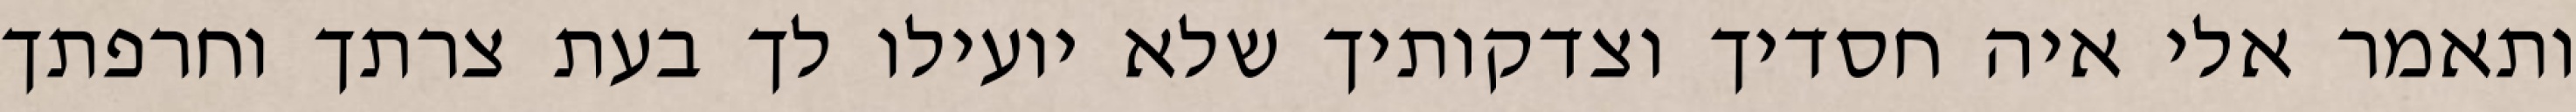
ותאמר אלי איה חסדיך וצדקותיך שלא יועילו לך בעת צרתך וחרפתך